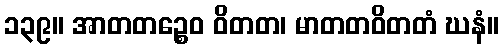
၁၃၉။ အာတတဉ္စေဝ ဝိတတ၊ မာတတဝိတတံ ဃနံ။